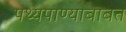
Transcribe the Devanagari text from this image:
पथ्यपाण्याबाबत